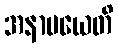
အနာမယေတိ